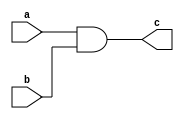
module and_ass(
	input a,
	input b,
	output c);

assign c = a&b;
endmodule